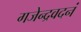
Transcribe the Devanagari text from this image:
गजेन्द्रवदनं